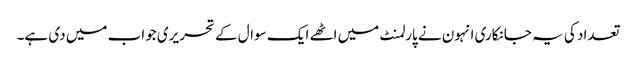
تعداد کی یہ جانکاری انہون نے پارلمنٹ میں اٹھے ایک سوال کے تحریری جواب میں دی ہے۔